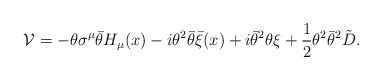
\begin{align*}{\cal V} = -\theta \sigma^{\mu} \bar \theta H_{\mu}(x) - i \theta^2 \bar \theta \bar \xi(x) +i \bar \theta^2 \theta \xi + \frac{1}{2} \theta^2 \bar \theta^2 \tilde D.\end{align*}